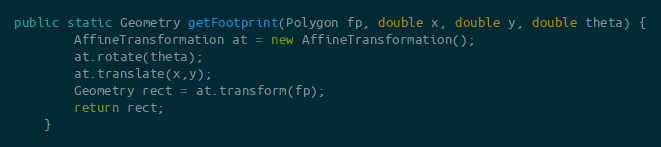
Language: Java
public static Geometry getFootprint(Polygon fp, double x, double y, double theta) {
		AffineTransformation at = new AffineTransformation();
		at.rotate(theta);
		at.translate(x,y);
		Geometry rect = at.transform(fp);
		return rect;
	}